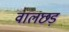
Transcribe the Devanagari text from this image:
वालछड़